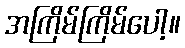
အကြိမ်ကြိမ်ပေါ့။